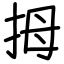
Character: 拇